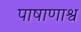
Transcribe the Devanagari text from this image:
पाषाणाश्व